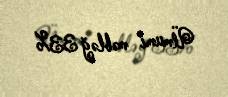
Ümumi məbləğ 33%